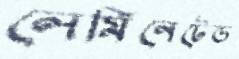
লেমিনেটেড